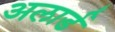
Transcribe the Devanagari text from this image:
अलार्ड